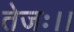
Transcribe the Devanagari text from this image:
तेजः।।